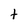
Character: t